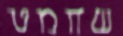
שחמט